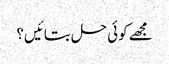
مجھے کوئی حل بتائیں؟